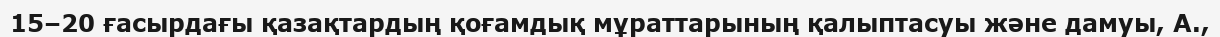
15–20 ғасырдағы қазақтардың қоғамдық мұраттарының қалыптасуы және дамуы, А.,